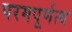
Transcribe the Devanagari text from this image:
परमपूर्णत्व